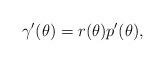
LaTeX: \begin{align*}\gamma'(\theta)=r(\theta)p'(\theta),\end{align*}